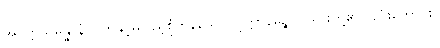
အဝတ္တသမ္ပန္နာနံ၊ ဝတ်နှင့်မပြည့်စုံကုန်သော။ ပုတ္တာနဉ္စေဝ၊ သားတို့၏လည်းကောင်း။